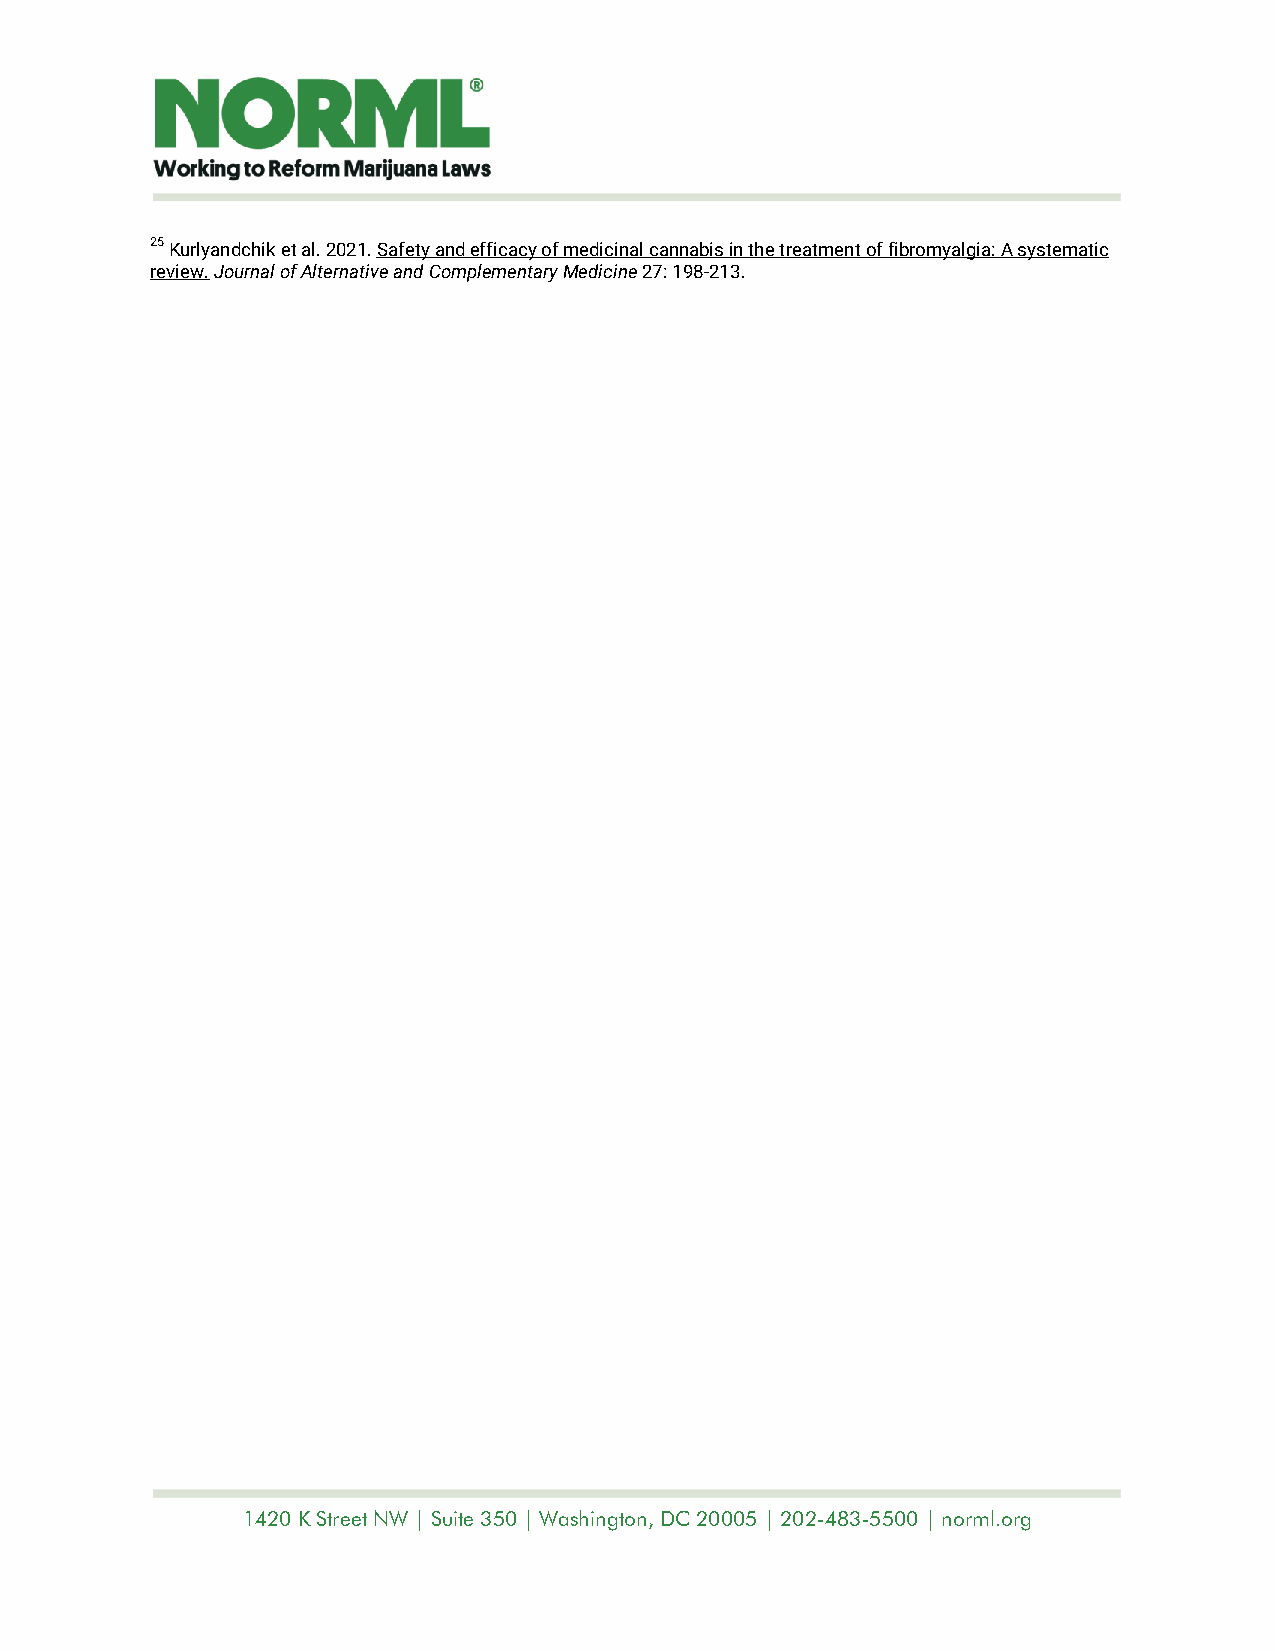
25 Kurlyandchik et al. 2021. Safety and efficacy of medicinal cannabis in the treatment of fibromyalgia: A systematic
 review. Journal of Alternative and Complementary Medicine 27: 198-213.
 1420 K Street NW | Suite 350 | Washington, DC 20005 | 202-483-5500 | norml.org